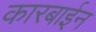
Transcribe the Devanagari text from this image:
कारबाईन